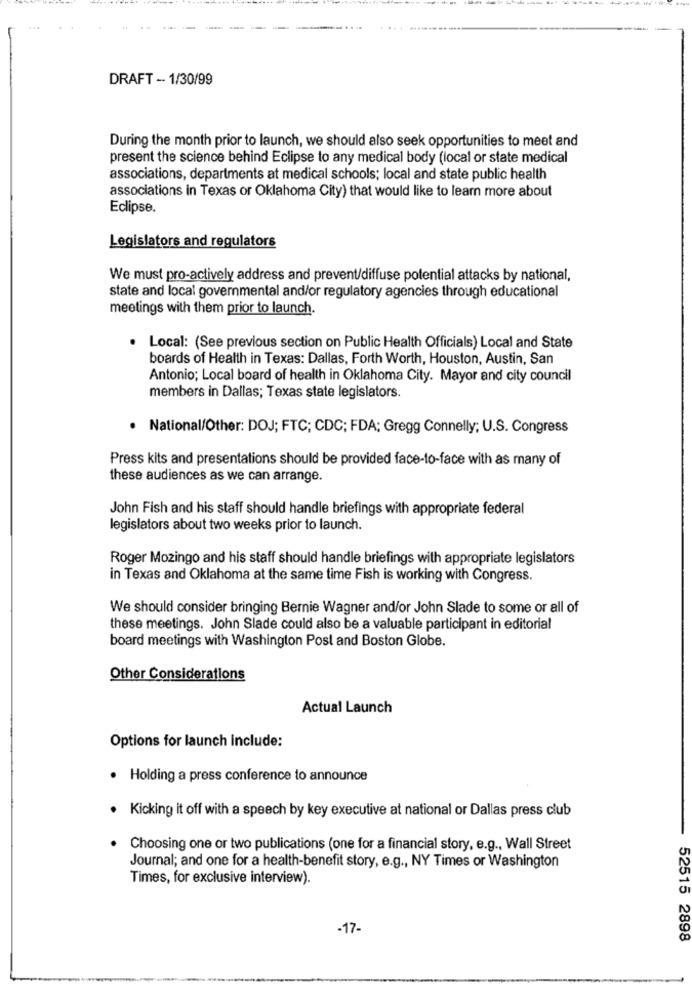
DRAFT -- 1/30/99
During the month prior to launch, we should also seek opportunities to meet and
present the science behind Eclipse to any medical body (local or state medical
associations, departments at medical schools; local and state public health
associations in Texas or Oklahoma City) that would like to learn more about
Eclipse.
Legislators and regulators
We must pro-actively address and prevent/diffuse potential attacks by national,
state and local governmental and/or regulatory agencies through educational
meetings with them prior to launch.
Local: (See previous section on Public Health Officials) Local and State
boards of Health in Texas: Dallas, Forth Worth, Houston, Austin, San
Antonio; Local board of health in Oklahoma City. Mayor and city council
members in Dallas; Texas state legislators.
· National/Other: DOJ; FTC; CDC; FDA; Gregg Connelly; U.S. Congress
Press kits and presentations should be provided face-to-face with as many of
these audiences as we can arrange.
John Fish and his staff should handle briefings with appropriate federal
legislators about two weeks prior to launch.
Roger Mozingo and his staff should handle briefings with appropriate legislators
in Texas and Oklahoma at the same time Fish is working with Congress.
We should consider bringing Bernie Wagner and/or John Slade to some or all of
these meetings. John Slade could also be a valuable participant in editorial
board meetings with Washington Post and Boston Globe.
Other Considerations
Actual Launch
Options for launch include:
· Holding a press conference to announce
. Kicking it off with a speech by key executive at national or Dallas press club
Choosing one or two publications (one for a financial story, e.g ., Wall Street
Journal; and one for a health-benefit story, e.g ., NY Times or Washington
Times, for exclusive interview).
-17-
52515 2898